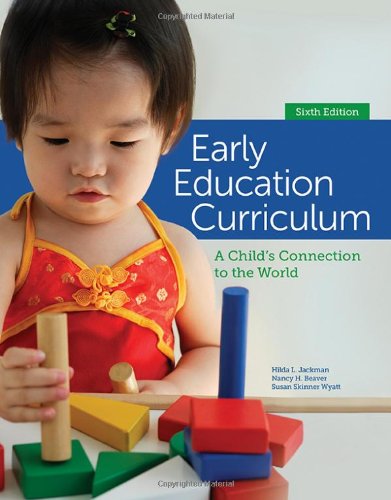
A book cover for Early Education Curriculum: A Child's Connection to the World; Hilda Jackman; Education & Teaching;